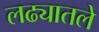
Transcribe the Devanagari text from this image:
लढ्यातले